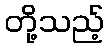
တို့သည့်